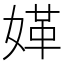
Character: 𡟍